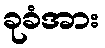
ခုခံအား